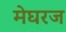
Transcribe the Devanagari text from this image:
मेघरज